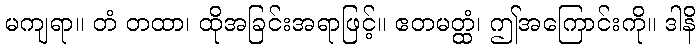
မကျရာ။ တံ တထာ၊ ထိုအခြင်းအရာဖြင့်။ ဧတမတ္ထံ၊ ဤအကြောင်းကို။ ဒါနိ